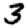
Digit: 3